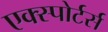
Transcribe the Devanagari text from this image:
एक्स्पोर्टर्स